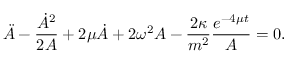
\ddot { A } - \frac { \dot { A } ^ { 2 } } { 2 A } + 2 \mu \dot { A } + 2 \omega ^ { 2 } A - \frac { 2 \kappa } { m ^ { 2 } } \frac { e ^ { - 4 \mu t } } { A } = 0 .